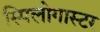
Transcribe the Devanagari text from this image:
स्पिलोगास्टर